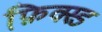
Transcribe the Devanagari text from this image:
फ़ि़क्स्ड